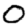
Digit: 0